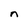
Character: n